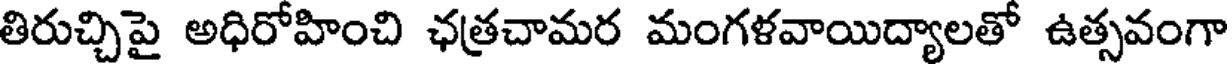
తిరుచ్చిపై అధిరోహించి ఛత్రచామర మంగళవాయిద్యాలతో ఉత్సవంగా